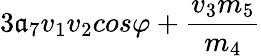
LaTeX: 3\mathfrak{a}_{7}v_{1}v_{2}cos\varphi+\frac{{v_{3}m_{5}}}{{m_{4}}}